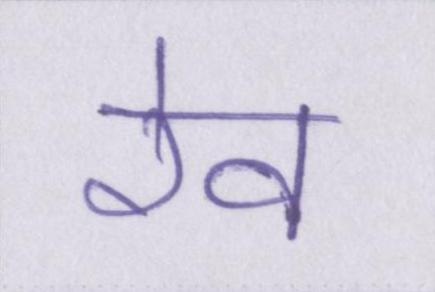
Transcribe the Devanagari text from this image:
रेव